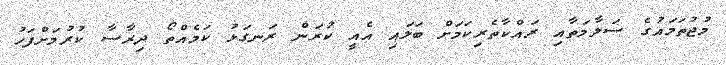
މުޖުތަމައުގެ ސަލާމަތާއި ރައްކާތެރިކަމަށް ބަލައި އެއީ ކުރަން ރަނގަޅު ކަމެއްތޯ ދިރާސާ ކުރުމަށްފަހު